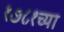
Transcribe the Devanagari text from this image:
१७८१च्या